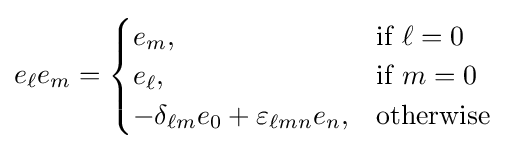
e_{\ell }e_{m}={\begin{cases}e_{m},&{\text{if }}\ell =0\\e_{\ell },&{\text{if }}m=0\\-\delta _{\ell m}e_{0}+\varepsilon _{\ell mn}e_{n},&{\text{otherwise}}\end{cases}}